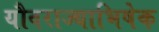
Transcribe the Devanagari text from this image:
यौवराज्याभिषेक